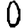
Digit: 0